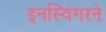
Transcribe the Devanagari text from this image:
इनस्विंगरने